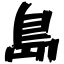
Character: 島